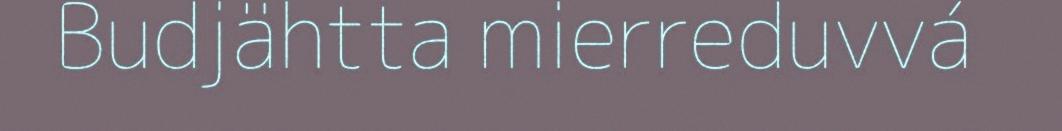
Budjähtta mierreduvvá